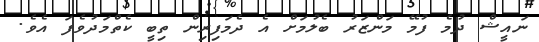
ނައީޝް ދުމެ ފުމޭ މަންޒަރު ބެލުމަށް އެ ދެމަފިރިން ތިބީ ކެތްމަދުވެފަ އެވެ.